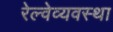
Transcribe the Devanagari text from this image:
रेल्वेव्यवस्था